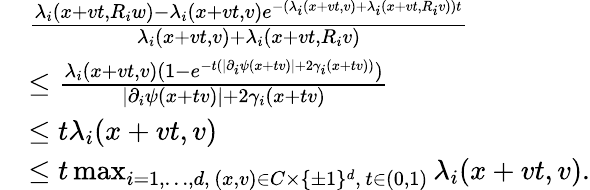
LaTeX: \begin{array}{rl}&{\frac{\lambda_{i}(x+vt,R_{i}w)-\lambda_{i}(x+vt,v)e^{-(\lambda_{i}(x+vt,v)+\lambda_{i}(x+vt,R_{i}v))t}}{\lambda_{i}(x+vt,v)+\lambda_{i}(x+vt,R_{i}v)}}\\ &{\leq\frac{\lambda_{i}(x+vt,v)(1-e^{-t(\lvert\partial_{i}\psi(x+tv)\rvert+2\gamma_{i}(x+tv))})}{\lvert\partial_{i}\psi(x+tv)\rvert+2\gamma_{i}(x+tv)}}\\ &{\leq t\lambda_{i}(x+vt,v)}\\ &{\leq t\operatorname*{max}_{i=1,\dots,d,\, (x,v)\in C\times\{ \pm 1\} ^{d},\, t\in(0,1)}\lambda_{i}(x+vt,v).}\end{array}